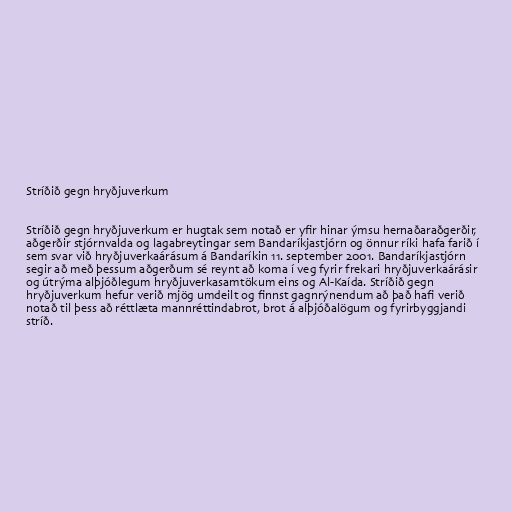
Stríðið gegn hryðjuverkum

Stríðið gegn hryðjuverkum er hugtak sem notað er yfir hinar ýmsu hernaðaraðgerðir,
aðgerðir stjórnvalda og lagabreytingar sem Bandaríkjastjórn og önnur ríki hafa farið í
sem svar við hryðjuverkaárásum á Bandaríkin 11. september 2001. Bandaríkjastjórn
segir að með þessum aðgerðum sé reynt að koma í veg fyrir frekari hryðjuverkaárásir
og útrýma alþjóðlegum hryðjuverkasamtökum eins og Al-Kaída. Stríðið gegn
hryðjuverkum hefur verið mjög umdeilt og finnst gagnrýnendum að það hafi verið
notað til þess að réttlæta mannréttindabrot, brot á alþjóðalögum og fyrirbyggjandi
stríð.